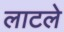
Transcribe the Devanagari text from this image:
लाटले